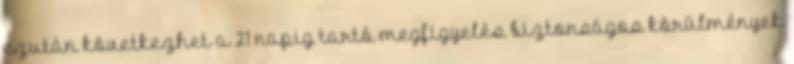
ezután következhet a 21 napig tartó megfigyelés biztonságos körülmények